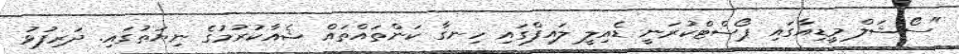
"ސޯޝަލް މީޑިއާގައި ޕޯސްޓްކުރަނީ ޑެއިލީ ލައިފްގައި ހިނގާ ކަންތައްތައް ޝެއާކުރުމުގެ ނިޔަތުގައި. ދަރިފުޅު